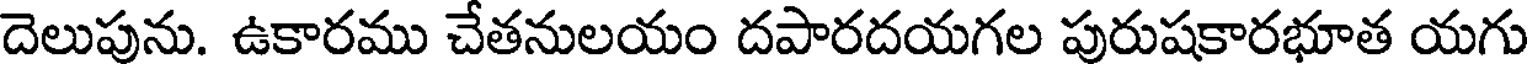
దెలుపును. ఉకారము చేతనులయం దపారదయగల పురుషకారభూత యగు